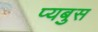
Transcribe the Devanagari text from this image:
प्यबुस